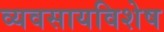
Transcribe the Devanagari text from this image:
व्यवसायविशेष